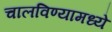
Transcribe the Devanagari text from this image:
चालविण्यामध्ये